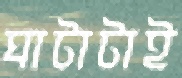
ঘাটাটাই